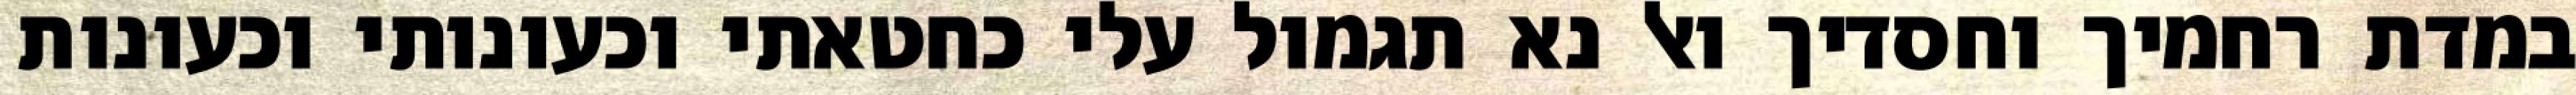
במדת רחמיך וחסדיך ואל נא תגמול עלי כחטאתי וכעונותי וכעונות